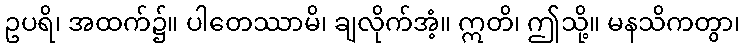
ဥပရိ၊ အထက်၌။ ပါတေဿာမိ၊ ချလိုက်အံ့။ ဣတိ၊ ဤသို့။ မနသိကတွာ၊